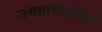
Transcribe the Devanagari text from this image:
जगन्नाथपुरीकडे